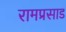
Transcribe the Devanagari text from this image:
रामप्रसाड